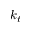
k _ { t }